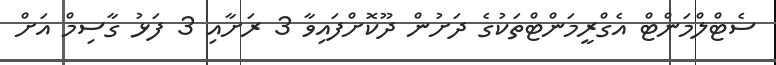
ސެޓްލްމަންޓް އެގްރީމަންޓްތަކުގެ ދަށުން ދޫކޮށްފައިވާ 3 ރަށާއި 3 ފަޅު ގާސިމް އަށް